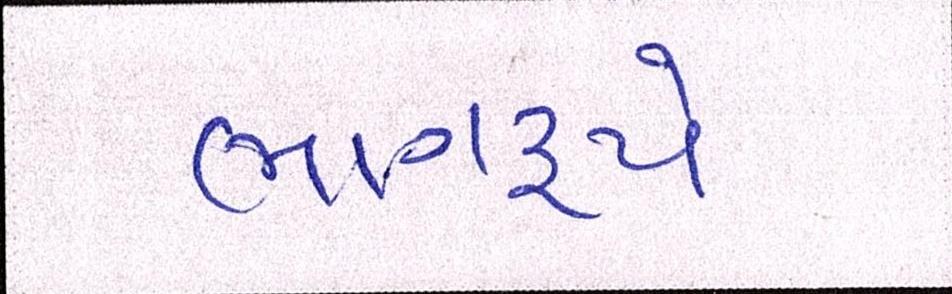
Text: ભાગરૂપે